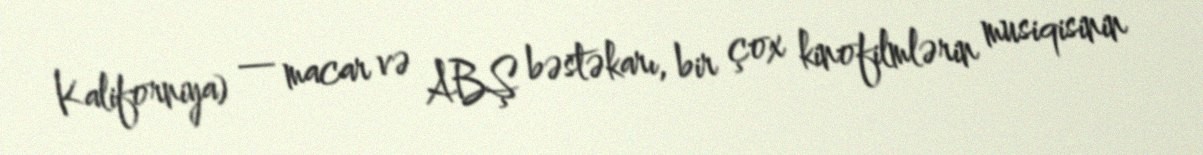
Kaliforniya) — macar və ABŞ bəstəkarı, bir çox kinofilmlərin musiqisinin